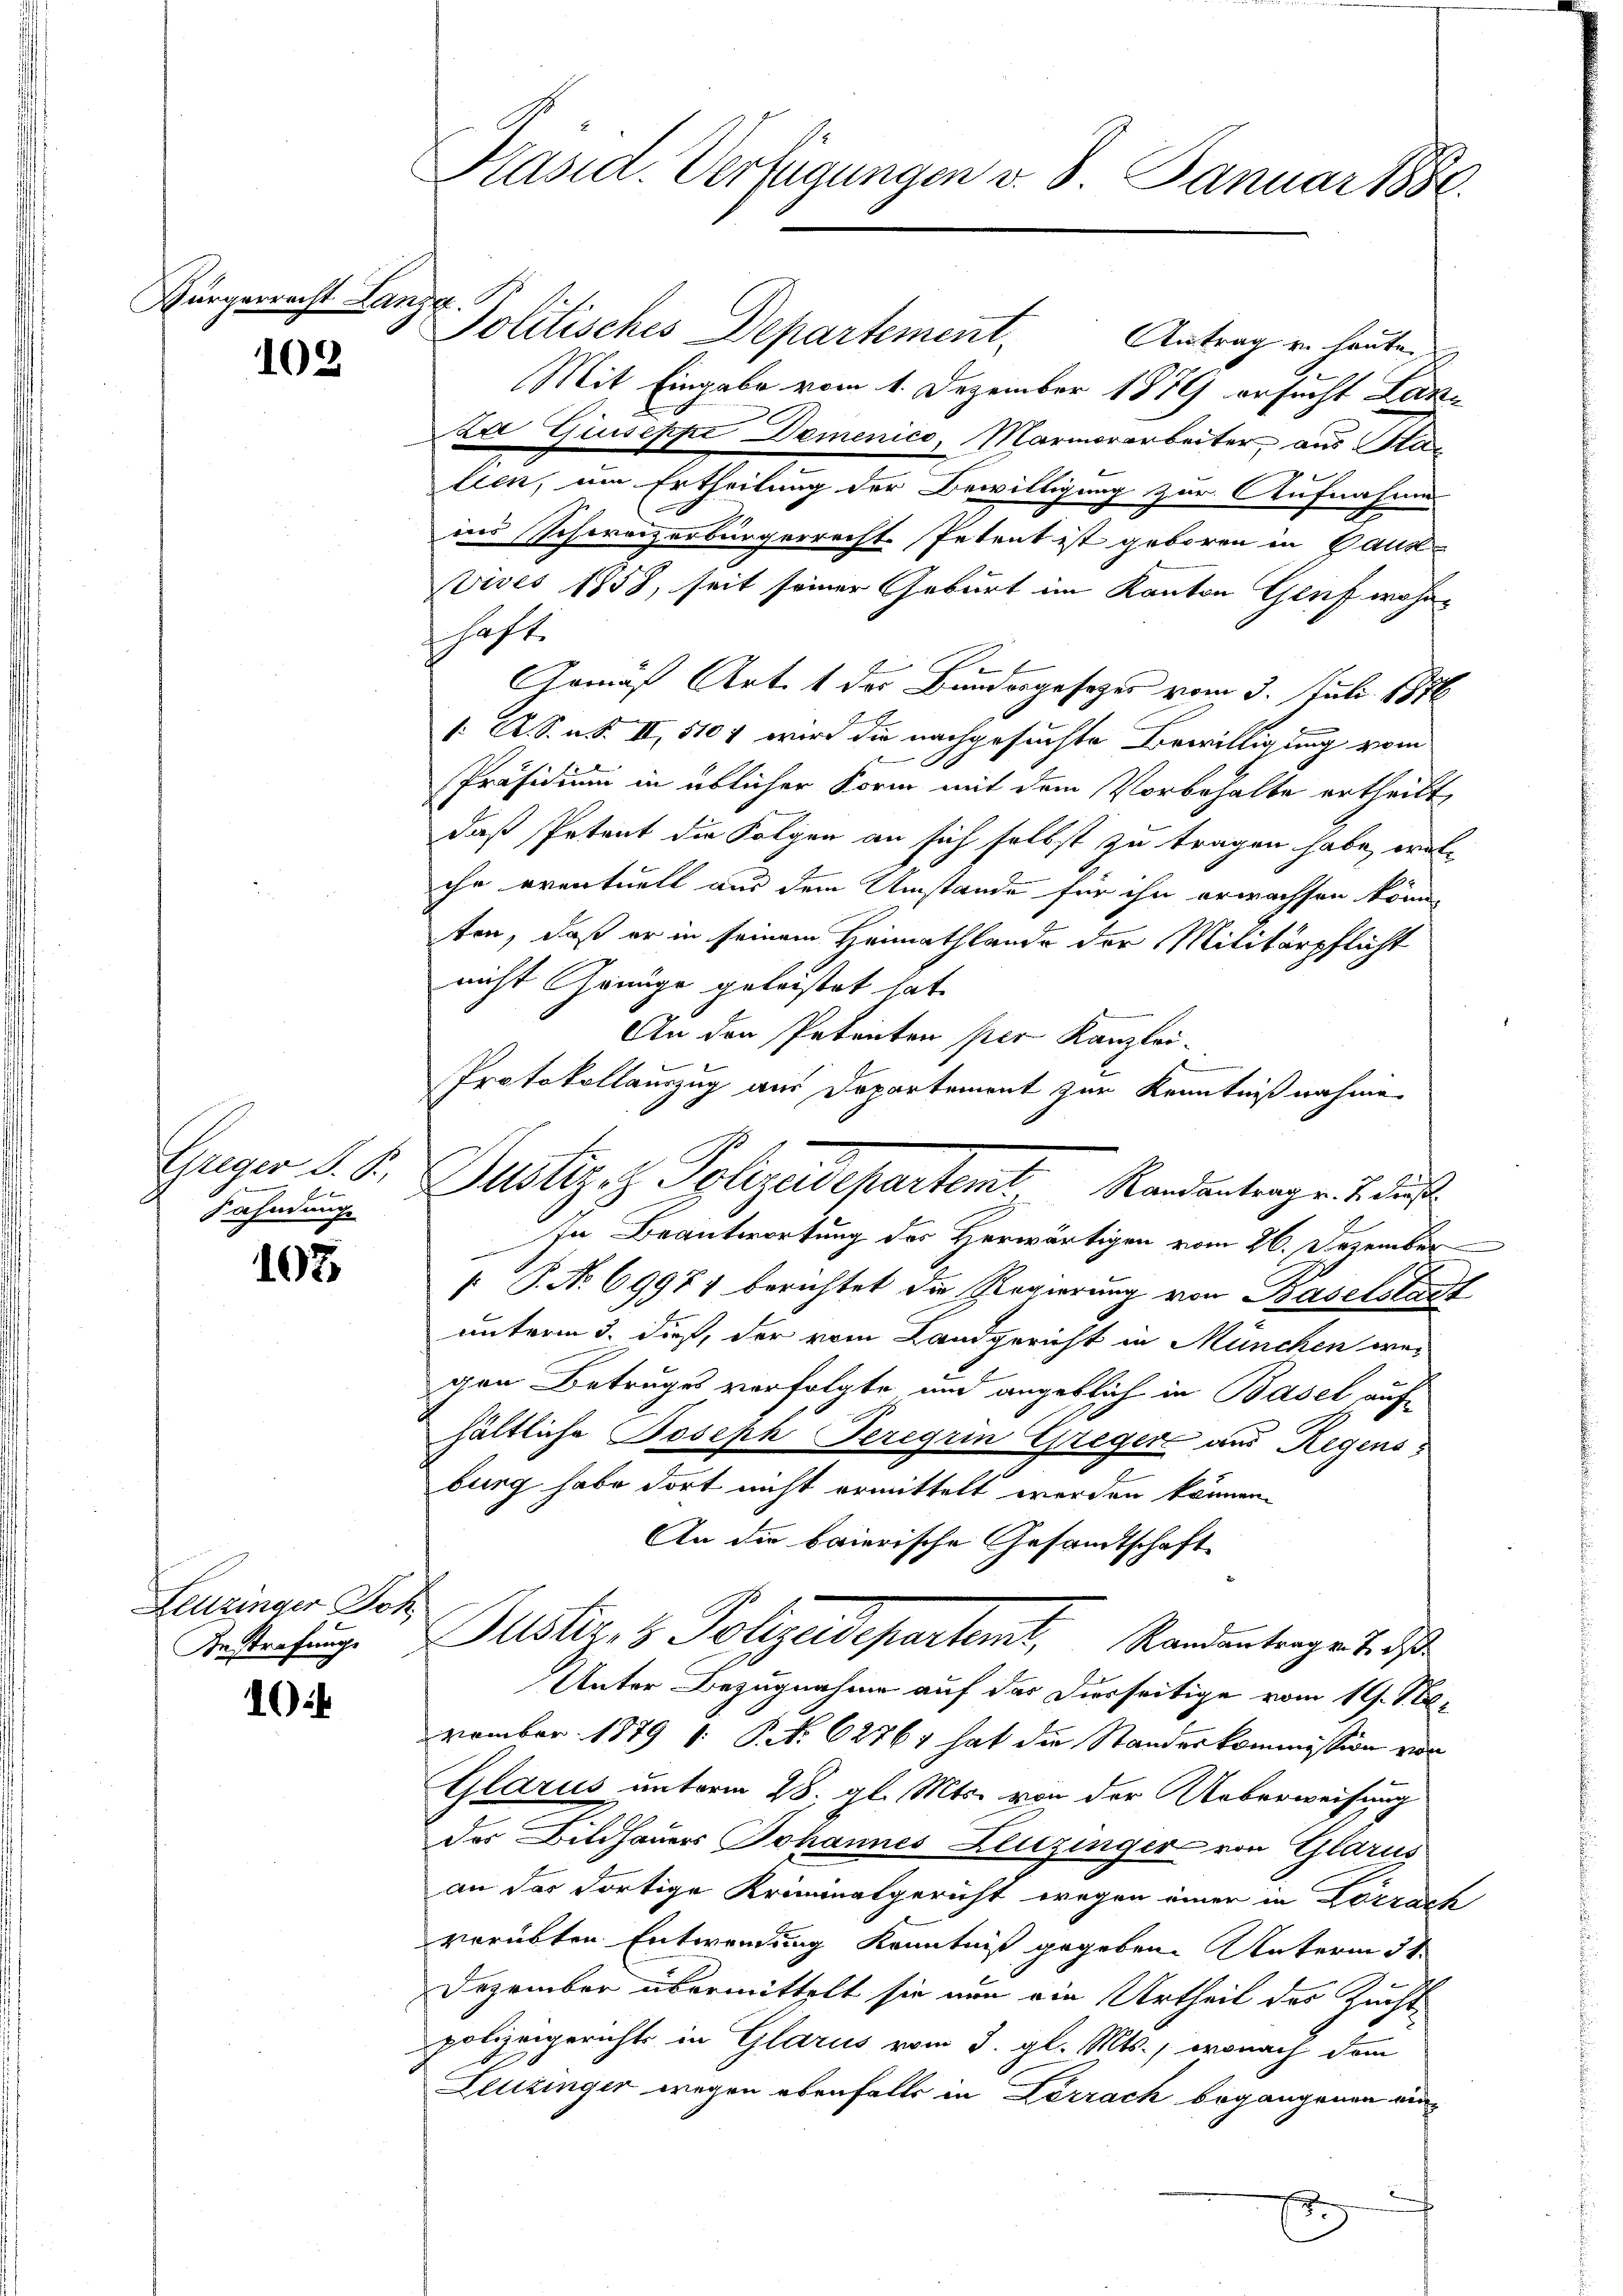
Bürgerrecht Lanza

102

Greger S. S.
Fahndunge

107

Leuzinger Joh.
Anstrafung

10

Kasid. Verfügungen v. 8. Januar 1888.

Politisches Departement. Antrag u. heuten
Mit Eingabe vom 1. Dezember 1876 ersucht Lanza Giuseppe Demenico, Marmorarbeiter, aus Sta
lien, um Ertheilung der Bewilligung zur Aufnahme
ins Schweizerbürgerrecht Petent ist geboren in Caus-
vives 1858, seit seiner Geburt im Kanton Genf wohnschaft.
Armaß Art. 1 des Bundesgesetzes vom 3. Juli 1876
/ A. S. n. F. II, 1107 wird die nachgesuchte Bewilligung vom
Präsidium in üblicher Form mit dem Vorbehalte ertheilt,
daß Petent die Folgen an sich selbst zu tragen habe, wel-
ihr eventuell aus dem Umstände für ihn erwachsen könne
sten, daß er in seinem Heimathlande der Militärpflicht
nicht Grünge geleistet hat.
An den Petenten per Kanzlei-
Protokollauszug aus Departement zur Kenntnißnahme
In Beantwortung des Herwärtigen vom 26. Dezember
 P. No 69971 berichtet die Regierung von Baselstadt
unterm 3. dieß, der vom Landgericht in München weigen Betruges verfolgte und angeblich in Basel aufhältliche Joseph Peregrin Greger aus Regens
burg habe dort nicht ermittelt werden können.
An die baierische Gesandtschaft
Justiz & Polizeidepartemt, Standentrage de d
A
Unter Bezugnahme auf das Dierseitige vom 19. November 1879 1. P. Nr. 62761 hat die Standeskommission von
Glarus unterm 28. gl. Mts. von der Ueberweisung
des Bildhauers Johannes Leuzinger von Glarus
an der dortige Kriminatgericht wegen einer in Lörrach
verübten Entwendung Kenntniß gegeben. Unterm 31.
Dezember übermittelt sie nun ein Urtheil des Zucht
polizeigerichts in Glarus vom 3. gl. Mts., wonach dem
Leuzinger wegen ebenfalls in Lörrach begangenen ein-

Justiz z. Polizeidepartent Randentragen u. das